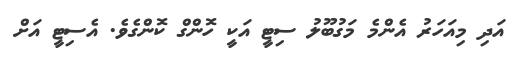
އަދި މިއަހަރު އެންމެ މަގުބޫލު ސިޓީ އަކީ ހޮންގް ކޮންގެވެ. އެސިޓީ އަށް